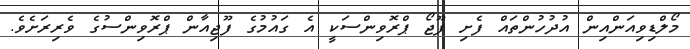
މޯލްޑިވިއަންއިން އުދުހުންތައް ފެށި ފޫޖޯ ޕްރޮވިންސަކީ އެ ގައުމުގެ ފޫޖިއާން ޕްރޮވިންސުގެ ވެރިރަށެވެ.